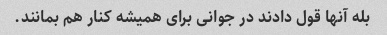
بله آنها قول دادند در جوانی برای همیشه کنار هم بمانند.